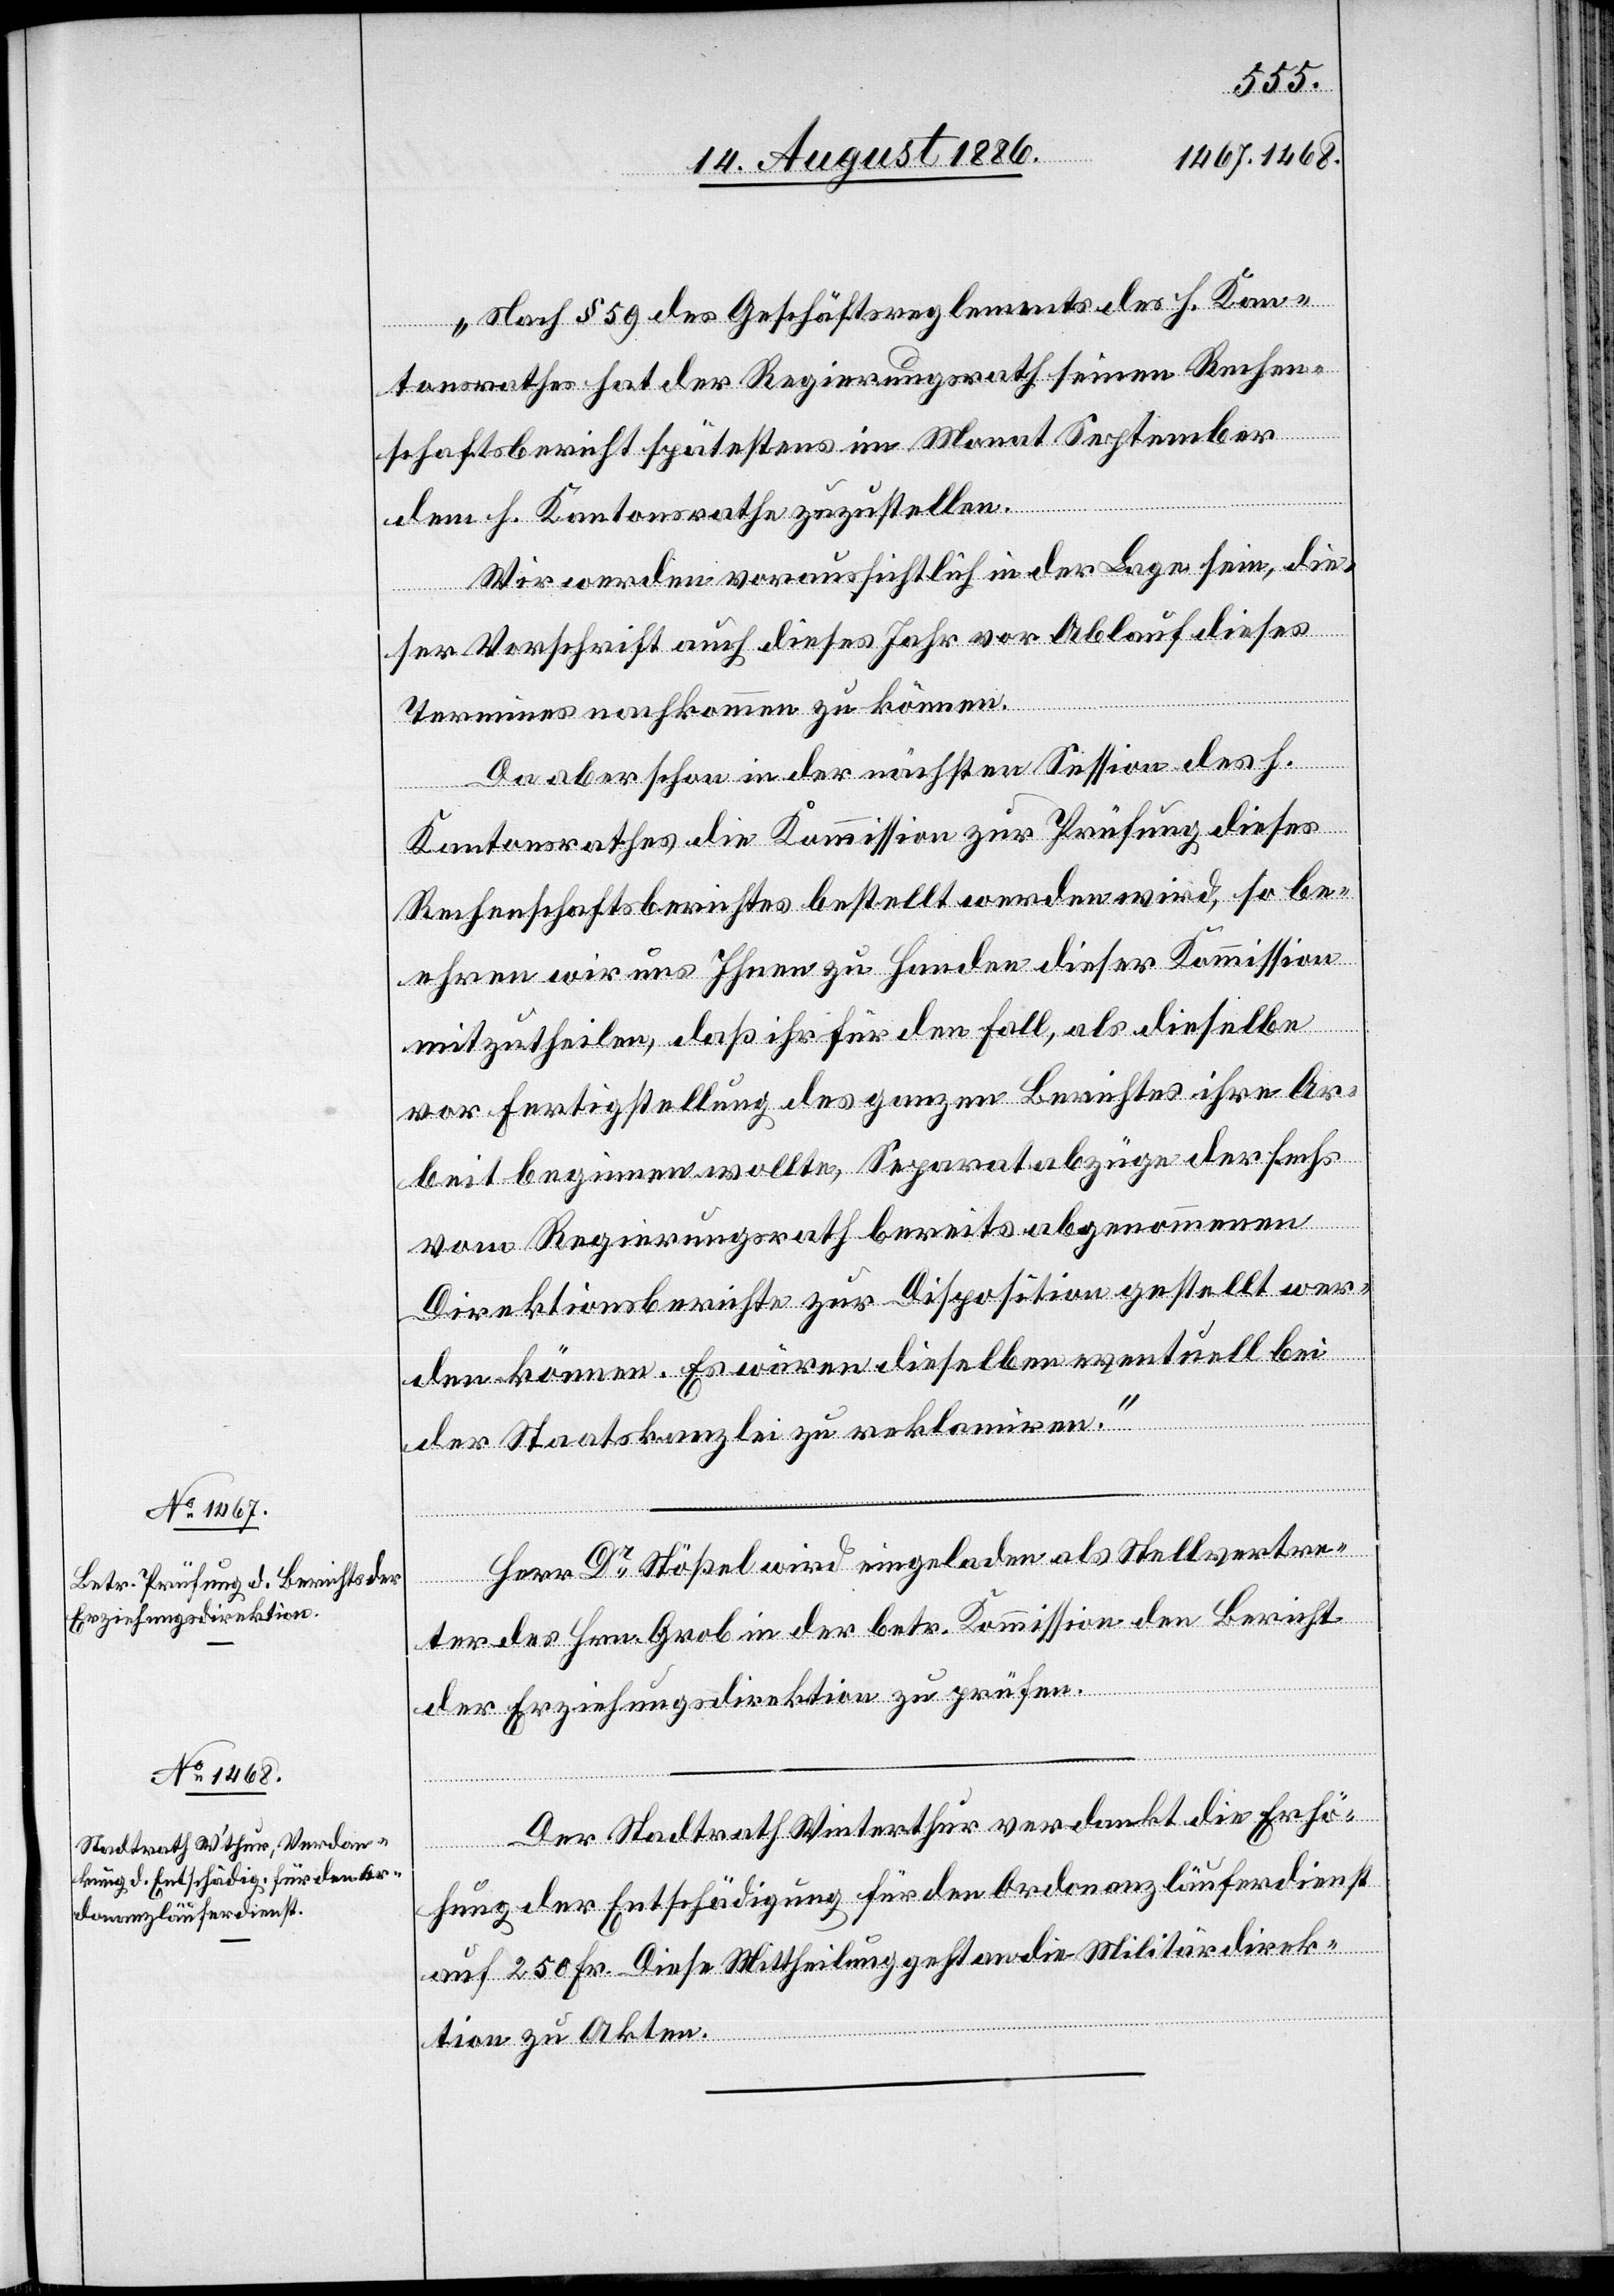
„Nach § 59 des Geschäftsreglements des h. Kan¬
tonsrathes hat der Regierungsrath seinen Rechen¬
schaftsbericht spätestens im Monat September
dem h. Kantonsrathe zuzustellen.
Wir werden voraussichtlich in der Lage sein, die¬
ser Vorschrift auch dieses Jahr vor Ablauf dieses
Termines nachkommen zu können.
Da aber schon in der nächsten Session des h.
Kantonsrathes die Kommission zur Prüfung dieses
Rechenschaftsberichtes bestellt werden wird, so be¬
ehren wir uns Ihnen zu Handen dieser Kommission
mitzutheilen, daß ihr für den Fall, als dieselbe
vor Fertigstellung des ganzen Berichtes ihre Ar¬
beit beginnen wollte, Separatabzüge der sechs
vom Regierungsrath bereits abgenommenen
Direktionsberichte zur Disposition gestellt wer¬
den können. Es wären dieselben eventuell bei
der Staatskanzlei zu reklamiren.“
Herr Dr Stößel wird eingeladen als Stellvertre¬
ter des Hrn. Grob in der betr. Kommission den Bericht
der Erziehungsdirektion zu prüfen.
Der Stadtrath Winterthur verdankt die Erhö¬
hung der Entschädigung für den Ordonanzläuferdienst
auf 250 Fr. Diese Mittheilung geht an die Militärdirek¬
tion zu Akten.